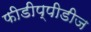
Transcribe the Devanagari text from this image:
फीडीप्पीडीज